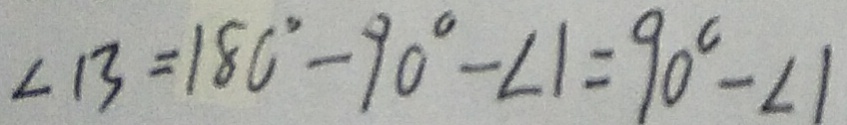
\angle B = 1 8 0 ^ { \circ } - 9 0 ^ { \circ } - \angle 1 = 9 0 ^ { \circ } - \angle 1